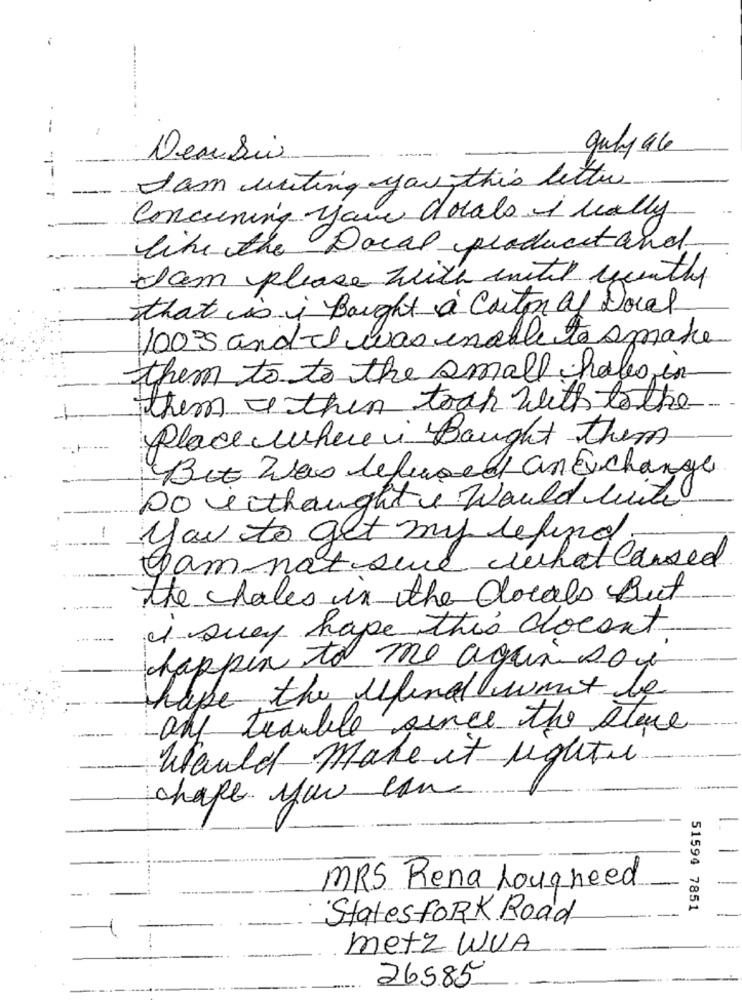
July 46
Deusis
I am writing you this letter
Concerning your locals i really
like the Local producetand.
Iam please with united recently
that is i Bought a Carton of Local
100s and I was unable to smake
them to to the small holes in
them then took with to the
Place where i Bought them
But Was refused an exchange
Do e thought i would with
you to get my lefind
Iam not sure whatcaused
the holes in the locals But
i suey hape this doesn't
happen to me again soon
hape the ulina want be
any trouble since the store
Would Make it lightu
chape you come
MRS Rena hougneed
51594 7851
Statesfork Road
metz WVA
26585